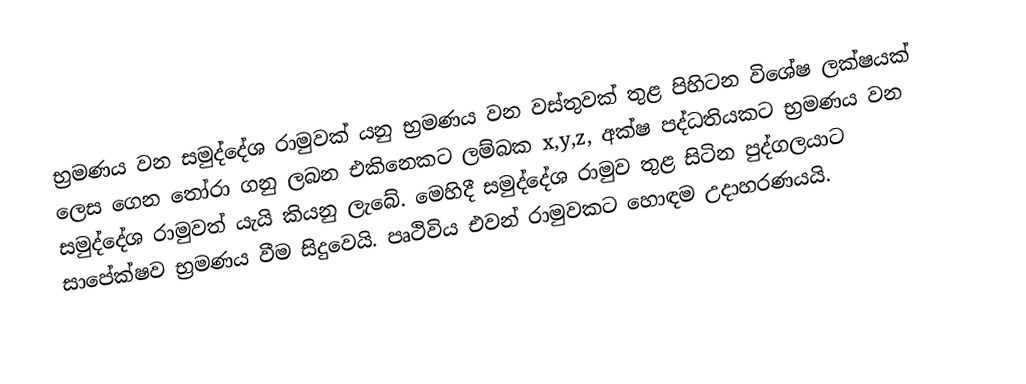
භ්‍රමණය වන සමුද්දේශ රාමුවක් යනු භ්‍රමණය වන වස්තුවක් තුළ පිහිටන විශේෂ ලක්ෂයක් ලෙස ගෙන තෝරා ගනු ලබන එකිනෙකට ලම්බක x,y,z, අක්ෂ පද්ධතියකට භ්‍රමණය වන සමුද්දේශ රාමුවත් යැයි කියනු ලැබේ. මෙහිදී සමුද්දේශ රාමුව තුළ සිටින පුද්ගලයාට සාපේක්ෂව භ්‍රමණය වීම සිදුවෙයි. පෘථිවිය එවන් රාමුවකට හොඳම උදාහරණයයි.